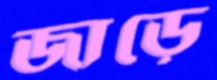
জাড়ে